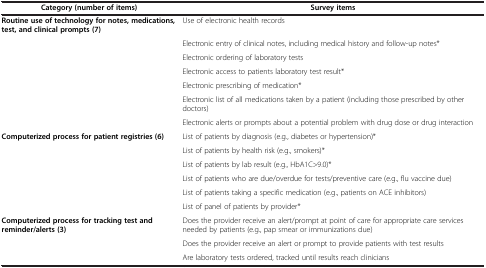
| Category (number of items) | Survey items |
 | --- | --- |
 | Routine use of technology for notes, medications, test, and clinical prompts (7) | Use of electronic health records |
 |  | Electronic entry of clinical notes, including medical history and follow-up notes* |
 |  | Electronic ordering of laboratory tests |
 |  | Electronic access to patients laboratory test result* |
 |  | Electronic prescribing of medication* |
 |  | Electronic list of all medications taken by a patient (including those prescribed by other doctors) |
 |  | Electronic alerts or prompts about a potential problem with drug dose or drug interaction |
 | Computerized process for patient registries (6) | List of patients by diagnosis (e.g., diabetes or hypertension)* |
 |  | List of patients by health risk (e.g., smokers)* |
 |  | List of patients by lab result (e.g., HbA1C>9.0)* |
 |  | List of patients who are due/overdue for tests/preventive care (e.g., flu vaccine due) |
 |  | List of patients taking a specific medication (e.g., patients on ACE inhibitors) |
 |  | List of panel of patients by provider* |
 | Computerized process for tracking test and reminder/alerts (3) | Does the provider receive an alert/prompt at point of care for appropriate care services needed by patients (e.g., pap smear or immunizations due) |
 |  | Does the provider receive an alert or prompt to provide patients with test results |
 |  | Are laboratory tests ordered, tracked until results reach clinicians |